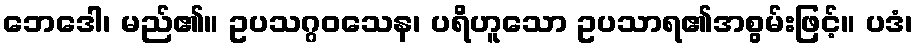
ဘေဒေါ၊ မည်၏။ ဥပသဂ္ဂဝသေန၊ ပရိဟူသော ဥပသာရ၏အစွမ်းဖြင့်။ ပဒံ၊